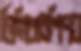
প্রিমিয়ারশিপও